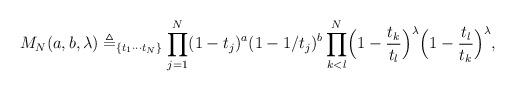
LaTeX: \begin{align*}M_N(a, b, \lambda) \triangleq _{\{t_1\cdots t_N\}} \prod\limits_{j=1}^N (1-t_j)^a(1-1/t_j)^b \prod\limits_{k<l}^N \Bigl(1-\frac{t_k}{t_l}\Bigr)^\lambda\Bigl(1-\frac{t_l}{t_k}\Bigr)^\lambda, \end{align*}